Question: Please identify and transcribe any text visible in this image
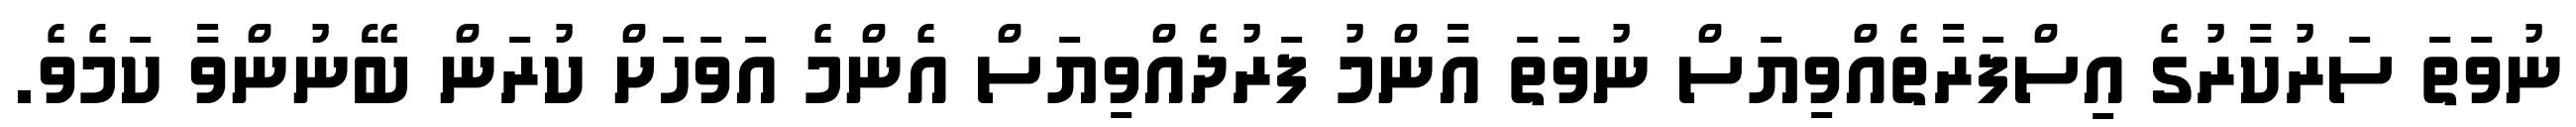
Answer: ނުވަތަ ސަރުކާރުގެ އިސްފަރާތެއްވިޔަސް ނުވަތަ އާންމު ފަރުދެއްވިޔަސް އެންމެ އަވަހަށް ކުރަން ބޭނުންވާ ކަމެވެ.